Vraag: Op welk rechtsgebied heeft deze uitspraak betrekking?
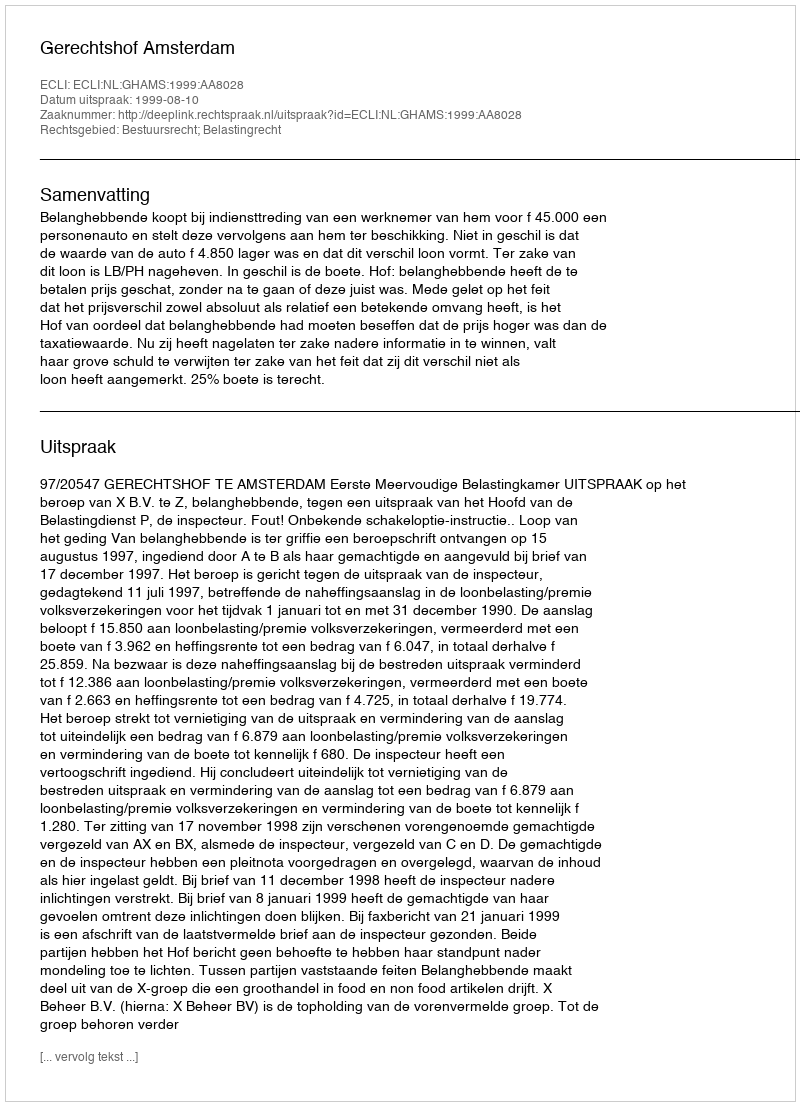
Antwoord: Bestuursrecht; Belastingrecht